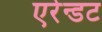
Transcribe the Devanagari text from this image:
एरेन्डट